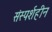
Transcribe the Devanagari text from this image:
संस्पर्शहीन